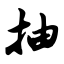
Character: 抽